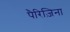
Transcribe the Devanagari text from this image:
पैरिज़िना